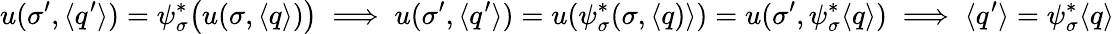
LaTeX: u(\sigma^{\prime},\langle q^{\prime}\rangle)=\psi_{\sigma}^{*}\big(u(\sigma,\langle q\rangle)\big)\implies u(\sigma^{\prime},\langle q^{\prime}\rangle)=u(\psi_{\sigma}^{*}(\sigma,\langle q)\rangle)=u(\sigma^{\prime},\psi_{\sigma}^{*}\langle q\rangle)\implies\langle q^{\prime}\rangle=\psi_{\sigma}^{*}\langle q\rangle